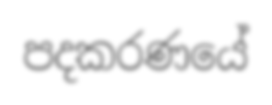
පදකරණයේ